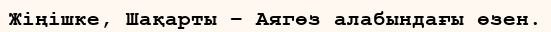
Жіңішке, Шақарты – Аягөз алабындағы өзен.